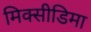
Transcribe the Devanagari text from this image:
मिक्सीडिमा